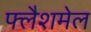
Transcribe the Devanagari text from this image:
फ्लैशमेल